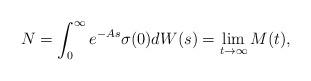
LaTeX: \begin{align*}N=\int_0^\infty e^{-As}\sigma(0)dW(s)=\lim_{t\to\infty}M(t),\end{align*}